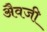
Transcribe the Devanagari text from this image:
अैवजी